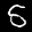
Label: 5